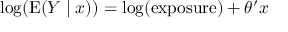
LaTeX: \log ( \operatorname { E } ( Y \mid x ) ) = \log ( { \mathrm { e x p o s u r e } } ) + \theta ^ { \prime } x